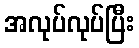
အလုပ်လုပ်ပြီး